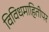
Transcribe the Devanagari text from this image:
विविधमाहितीपर